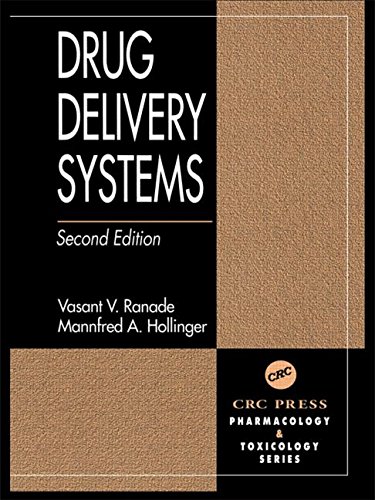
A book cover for Drug Delivery Systems; Vasant V. Ranade; Medical Books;